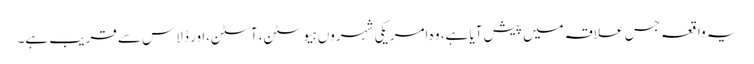
یہ واقعہ جس علاقہ میں پیش آیا ہے، وہ امریکی شہروں ہیوسٹن، آسٹن،ا ور ڈلاس سے قریب ہے۔